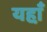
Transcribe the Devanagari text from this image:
यहा़ँ